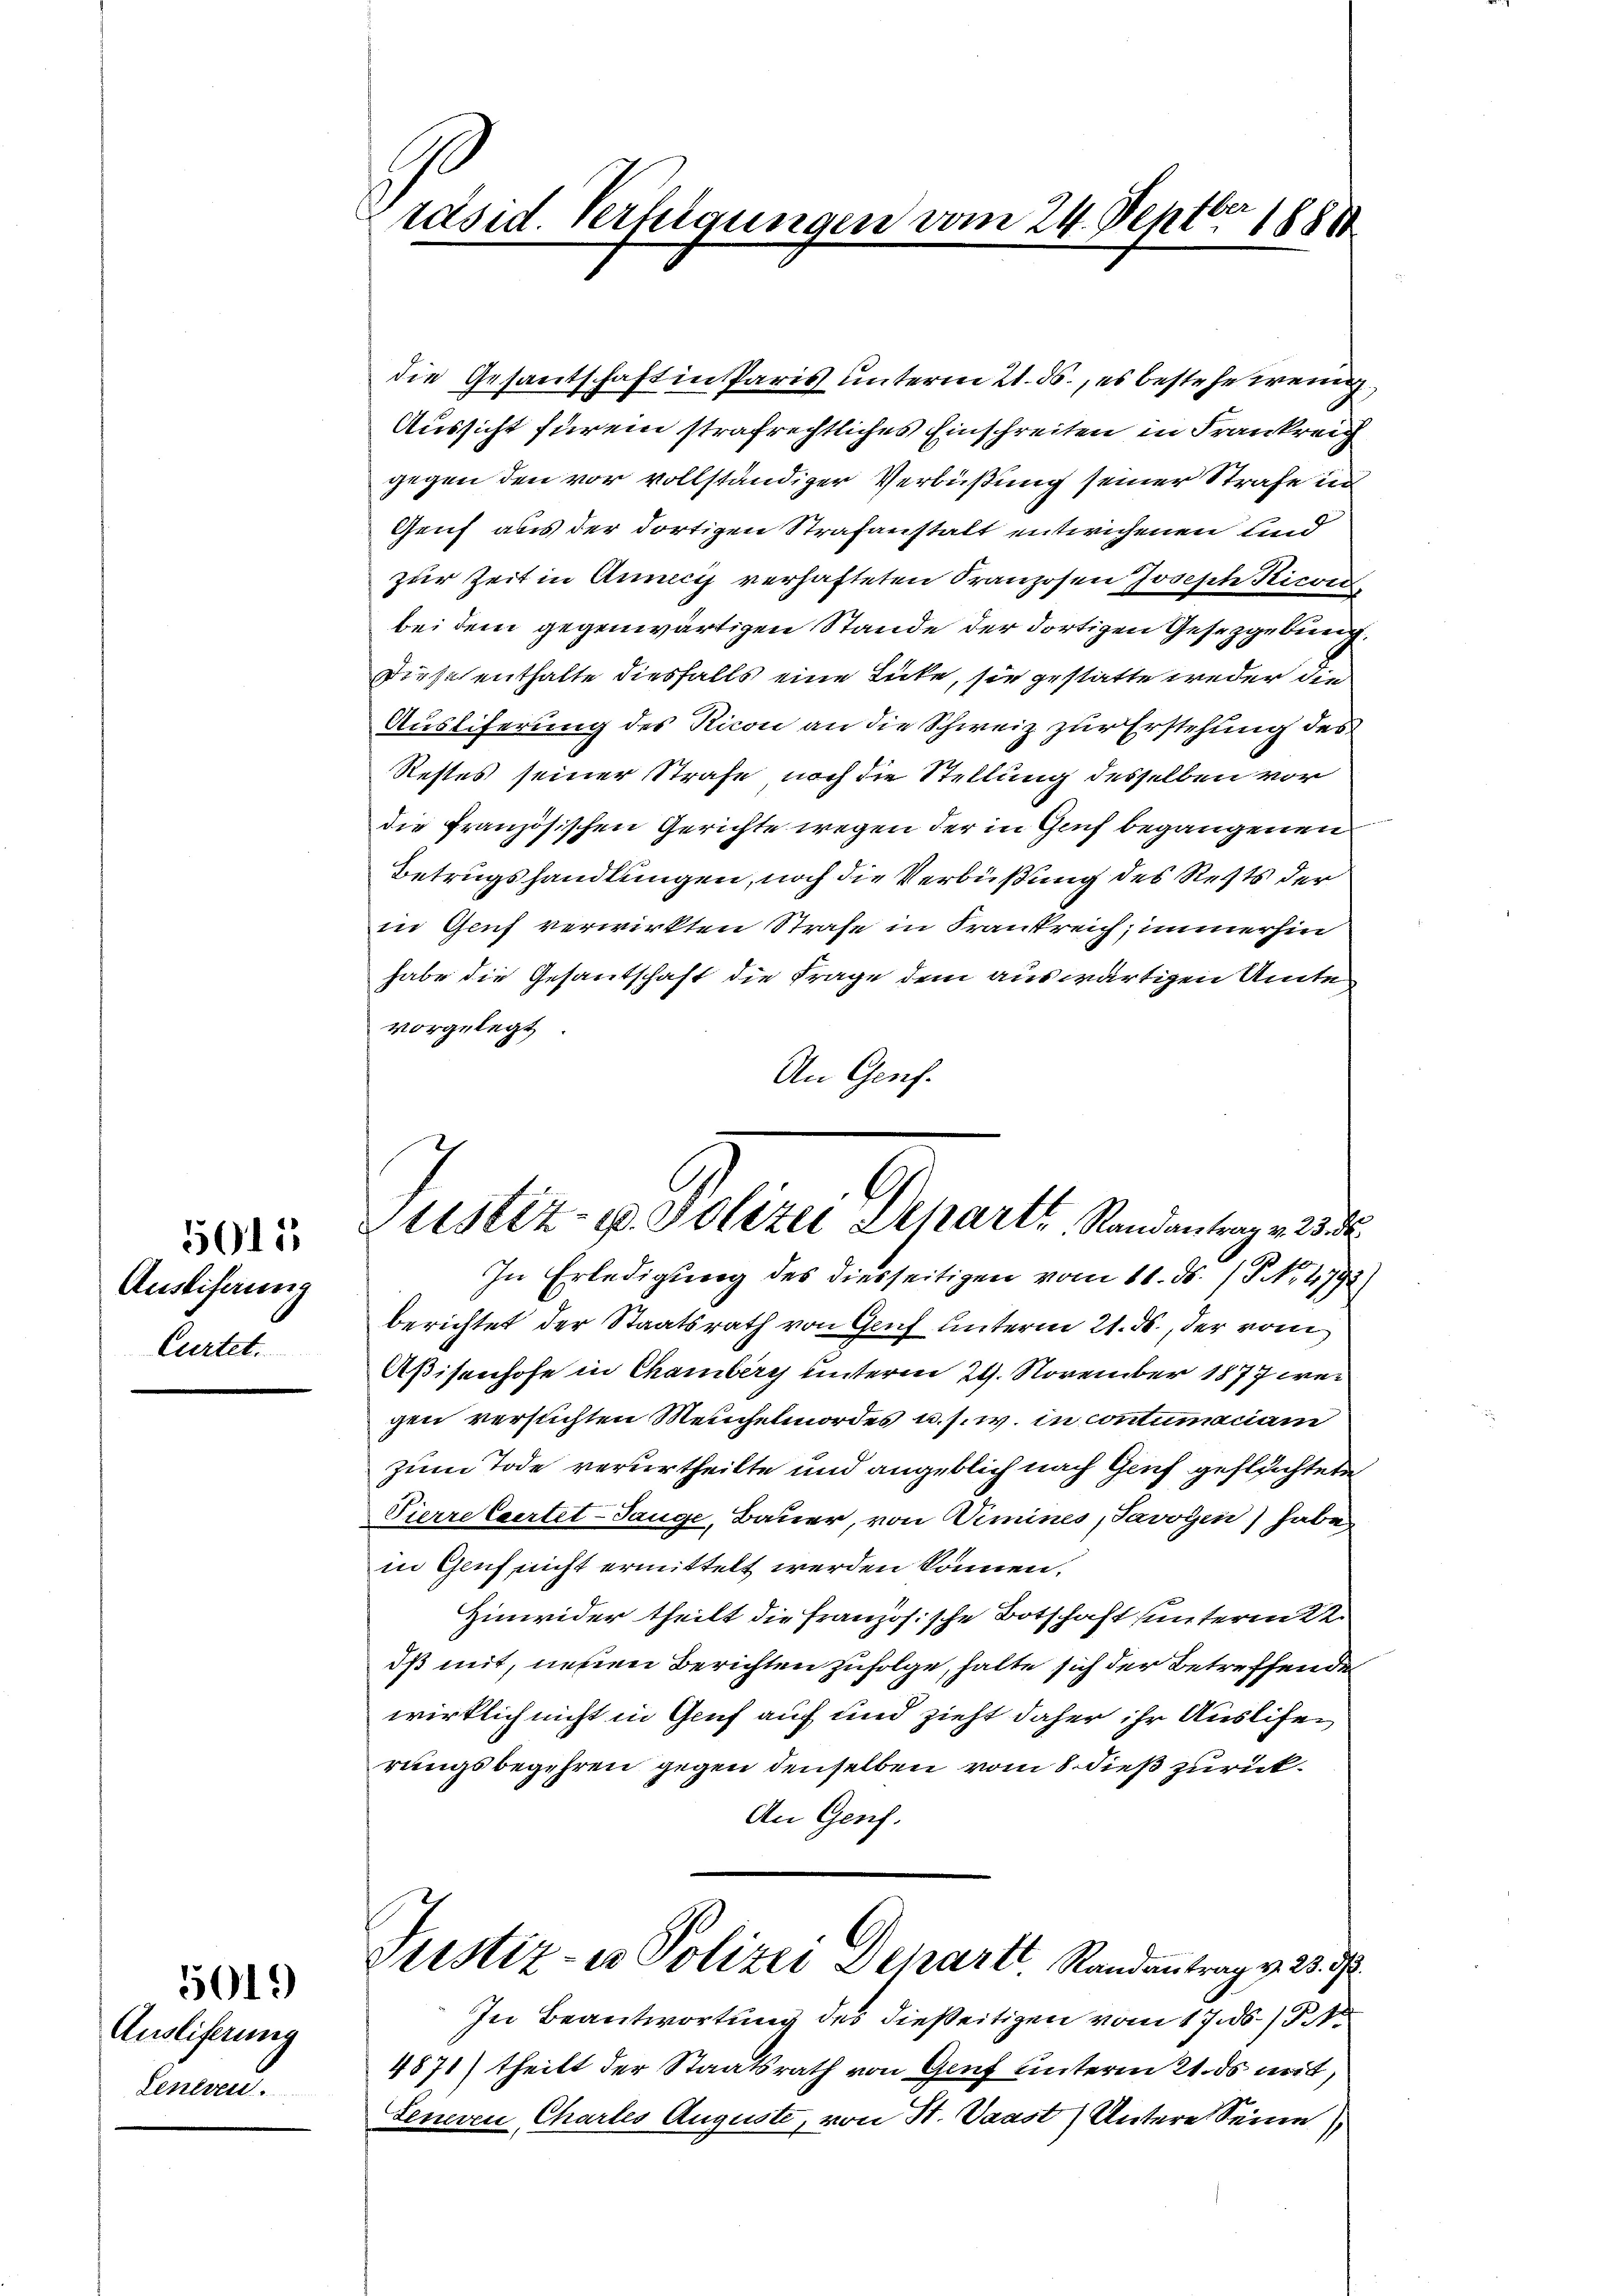
Ausliferung
Cartet.

5015

Ausliferung
Generen.

5019)

.
räsid. Verlegungen vom 24. Septbr 1888

G
ustiz- u. Polizei Separt Randantrag v. 23. d.
e

die Gesantschaft in Paris unterm 21. ds., es bestehe wenig
Aussicht für ein strafrechtliches Einschreiten in Frankreich
gegen den vor vollständiger Verbüßung seiner Strafe in
Gruf aus der dortigen Strafanstalt unterichenen und
zur Zeit in Annecis verhafteten Franzosen Joseph Ricon
bei dem gegenwärtigen Stande der dortigen Gesetzgebung,
Dieses enthalte diesfalls eine Lücke, sie gestatte weder die
Ausliferung des Ricon an die Schweiz zur Erstehung des
Restes seiner Strafe noch die Stellung desselben vor
die französischen Gerichte wegen der in Genf begangenen
Betrugshandlungen, noch die Verbüßung des Rests der
in Genf verwirkten Strafe in Frankreich, immerhin
habe die Gesantschaft die Frage dem auswärtigen Amte
vorgelegt
An Genf.
In Erledigung des diesseitigen vom 11. ds. /5 No 4792)
berichtet der Staatsrath von Gruf unterm 21. ds., der vom
Aßisenhofe in Chamberg unterm 29. November 1877 wei
gen versuchten Meuchelmordes u. s. w. in contumaciam
zum Tode verurtheilte und angeblich nach Genf geflüchtete
Pierre Caertet-Tange, Bauer, von Wimines, Javoyin) habe
in Gluf nicht ermittelt werden können.
Hinwider theilt die Französische Botschaft unterm 22.
dß mit, neuen Berichten zufolge, halte sich der Betreffenden
wirklich nicht in Genf auf und zieht daher ihr Ausliefen
rungsbegehren gegen denselben vom 8. dieß zurück¬
An Genf.
Justiz- u Polizei Depart. Randantrag v. 25.
In Beantwortung des dießeitigen vom 17. ds. / 5.
4871) theilt der Staatsrath von Genf unterm 21. ds mit,
Generen Chartes Auguste, von St. Vaast) Untere Seine